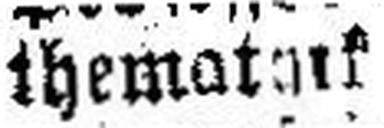
themat###k